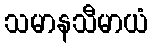
သမာနသီမာယံ